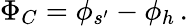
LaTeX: \Phi_{C}=\phi_{s^{\prime}}-\phi_{h}\, .